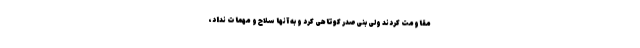
مقاومت کردند ولی بنی‌صدر کوتاهی کرد و به آنها سلاح و مهمات نداد،